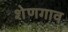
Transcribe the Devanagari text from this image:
शेणगाव